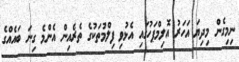
ނިމިގެން މިދިޔަ އަހަރު އޮލިމްޕަހުގައި އެޅުވި ފިލްމުތަކުގެ ތެރެއިން އެންމެ ގިނަ ބައެއްގެ